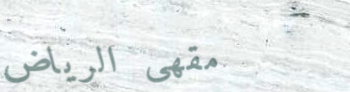
مقهى الرياض